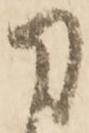
刀